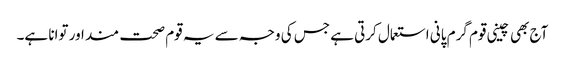
آج بھی چینی قوم گرم پانی استعمال کرتی ہے جس کی وجہ سے یہ قوم صحت مند اور توانا ہے۔